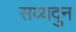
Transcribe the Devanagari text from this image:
सय्यदुन